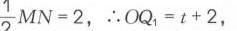
\(\frac{1}{2}MN = 2\)，\(\therefore OQ_{1}=t + 2\)，